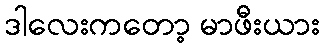
ဒါလေးကတော့ မာဖီးယား